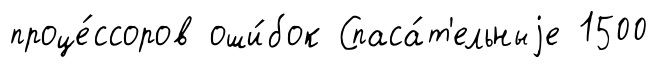
проце́ссоров оши́бок Спаса́т'ельныjе 1500